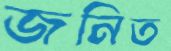
জনিত